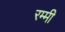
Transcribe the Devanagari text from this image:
रम्मी